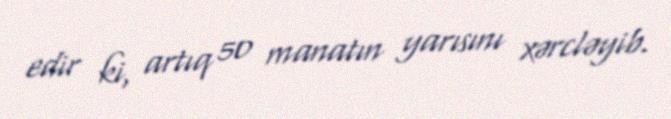
edir ki, artıq 50 manatın yarısını xərcləyib.